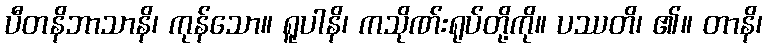
ပီတနိဘာသာနိ၊ ကုန်သော။ ရူပါနိ၊ ကသိုဏ်းရုပ်တို့ကို။ ပဿတိ၊ ၏။ တာနိ၊